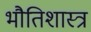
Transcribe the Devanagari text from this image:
भौतिशास्त्र